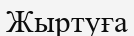
Жыртуға